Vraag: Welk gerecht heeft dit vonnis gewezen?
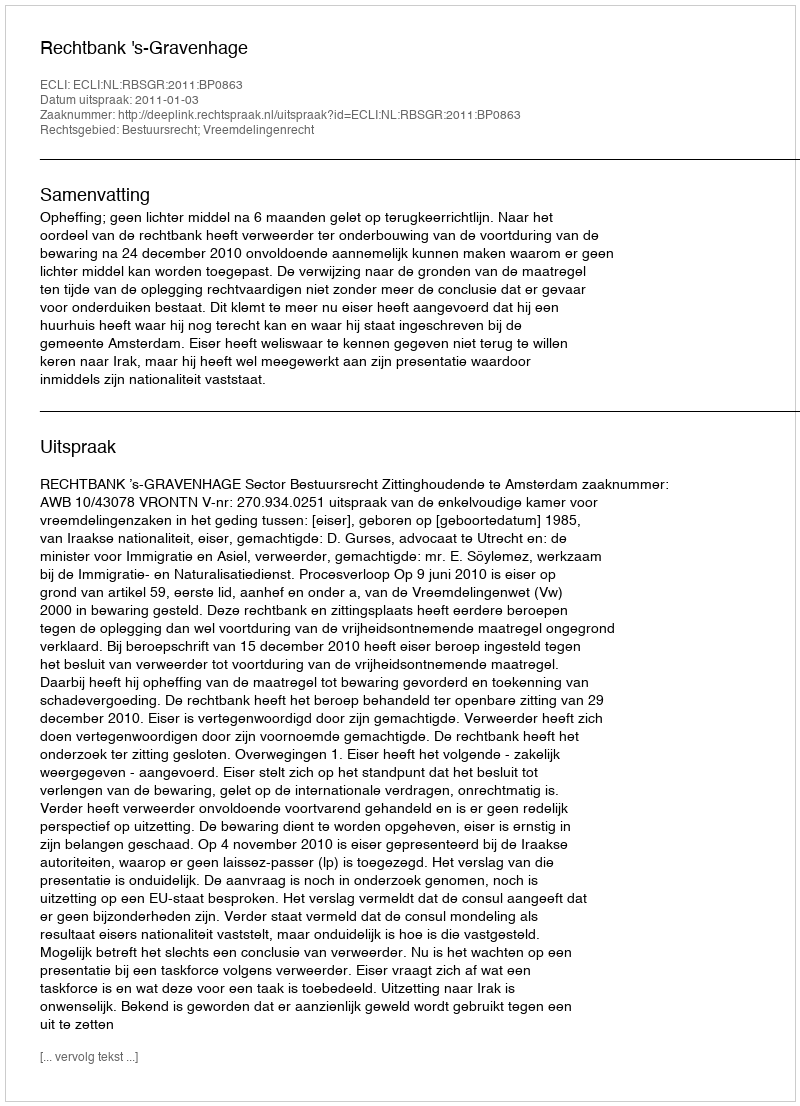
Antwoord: Rechtbank 's-Gravenhage